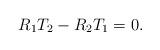
LaTeX: \begin{align*}R_{1} T_{2} - R_{2} T_{1} = 0.\end{align*}